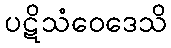
ပဋိသံဝေဒေသိ